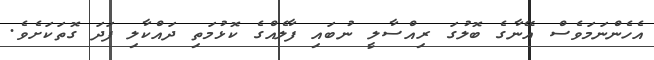
އެހެންނަމަވެސް އޭނާގެ ބޮލުގަ ރިއްސާލީ ނުބައި ފާލެއްގެ ކޮޅުމަތި ދައްކާލި ފަދަ ގޮތަކަށެވެ.